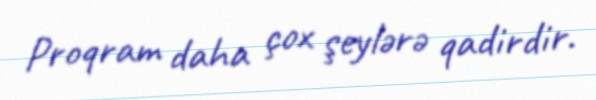
Proqram daha çox şeylərə qadirdir.